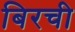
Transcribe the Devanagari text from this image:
बिरची